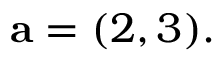
\mathbf { a } = ( 2 , 3 ) .